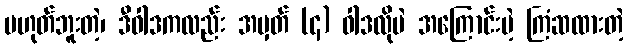
မဟုတ်ဘူးတဲ့၊ ဒီဝါဒကလည်း အမှတ် (၄) ဝါဒလိုပဲ အကြောင်းမဲ့ ကြံဆထားတဲ့